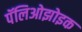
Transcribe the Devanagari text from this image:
पॅलिओझोइक